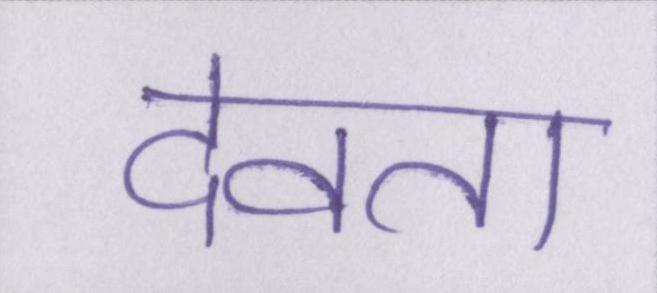
देवता